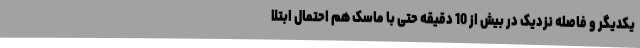
یکدیگر و فاصله نزدیک در بیش از 10 دقیقه حتی با ماسک هم احتمال ابتلا